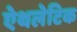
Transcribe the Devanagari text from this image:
ऐथलेटिक